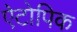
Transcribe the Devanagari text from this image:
ऐटोपिक